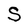
Character: S